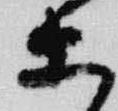
等